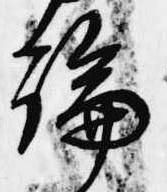
論